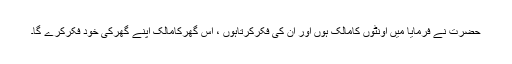
حضرت نے فرمایا میں اونٹوں کامالک ہوں اور ان کی فکرکرتاہوں ، اس گھرکامالک اپنے گھرکی خود فکرکرے گا۔